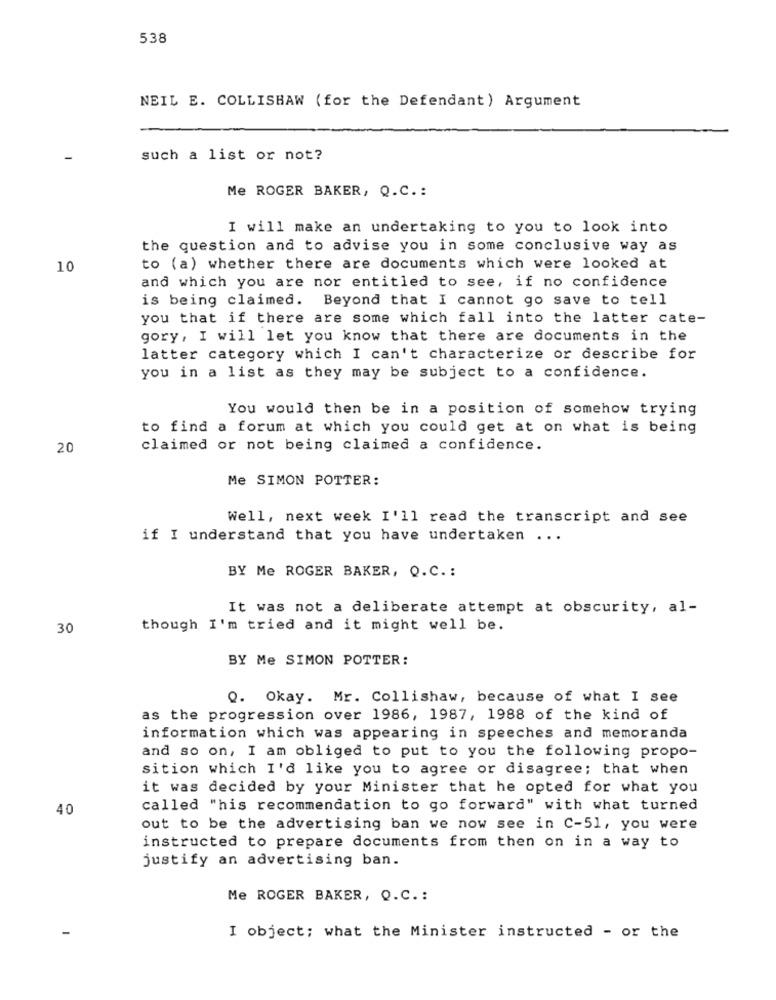
538
NEIL E. COLLISHAW (for the Defendant ) Argument
such a list or not?
Me ROGER BAKER, Q.C. :
I will make an undertaking to you to look into
the question and to advise you in some conclusive way as
10
to (a) whether there are documents which were looked at
and which you are nor entitled to see, if no confidence
is being claimed. Beyond that I cannot go save to tell
you that if there are some which fall into the latter cate-
gory, I will let you know that there are documents in the
latter category which I can't characterize or describe for
you in a list as they may be subject to a confidence.
You would then be in a position of somehow trying
to find a forum at which you could get at on what is being
20
claimed or not being claimed a confidence.
Me SIMON POTTER:
Well, next week I'll read the transcript and see
if I understand that you have undertaken ...
BY Me ROGER BAKER, Q.C .:
It was not a deliberate attempt at obscurity, al-
30
though I'm tried and it might well be.
BY Me SIMON POTTER:
Q. Okay. Mr. Collishaw, because of what I see
as the progression over 1986, 1987, 1988 of the kind of
information which was appearing in speeches and memoranda
and so on, I am obliged to put to you the following propo-
sition which I'd like you to agree or disagree; that when
it was decided by your Minister that he opted for what you
40
called "his recommendation to go forward" with what turned
out to be the advertising ban we now see in C-51, you were
instructed to prepare documents from then on in a way to
justify an advertising ban.
Me ROGER BAKER, Q.C .:
I object; what the Minister instructed - or the